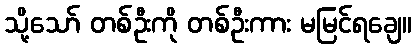
သို့သော် တစ်ဦးကို တစ်ဦးကား မမြင်ရချေ။